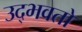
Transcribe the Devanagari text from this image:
उद्‌भवतो